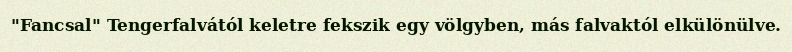
"Fancsal" Tengerfalvától keletre fekszik egy völgyben, más falvaktól elkülönülve.